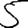
Digit: 5